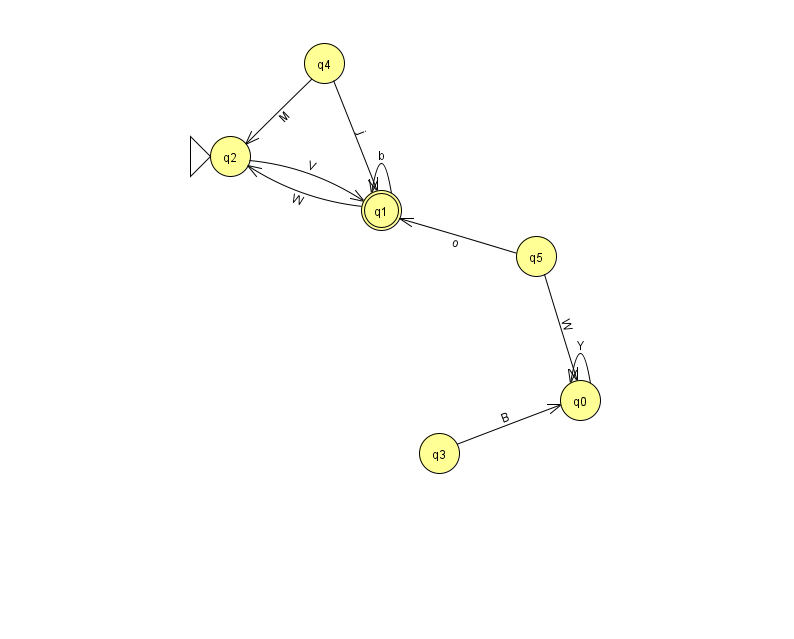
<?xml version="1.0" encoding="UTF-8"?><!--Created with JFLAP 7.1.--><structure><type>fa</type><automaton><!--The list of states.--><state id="0" name="q0"><x>580.0</x><y>387.0</y></state><state id="1" name="q1"><x>381.0</x><y>197.0</y><final/></state><state id="2" name="q2"><x>230.0</x><y>143.0</y><initial/></state><state id="3" name="q3"><x>439.0</x><y>440.0</y></state><state id="4" name="q4"><x>324.0</x><y>50.0</y></state><state id="5" name="q5"><x>536.0</x><y>243.0</y></state><!--The list of transitions.--><transition><from>4</from><to>2</to><read>M</read></transition><transition><from>1</from><to>1</to><read>b</read></transition><transition><from>3</from><to>0</to><read>B</read></transition><transition><from>1</from><to>2</to><read>W</read></transition><transition><from>4</from><to>1</to><read>j</read></transition><transition><from>2</from><to>1</to><read>V</read></transition><transition><from>0</from><to>0</to><read>Y</read></transition><transition><from>5</from><to>0</to><read>W</read></transition><transition><from>5</from><to>1</to><read>o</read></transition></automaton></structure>